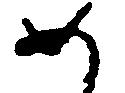
め